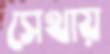
সেথায়